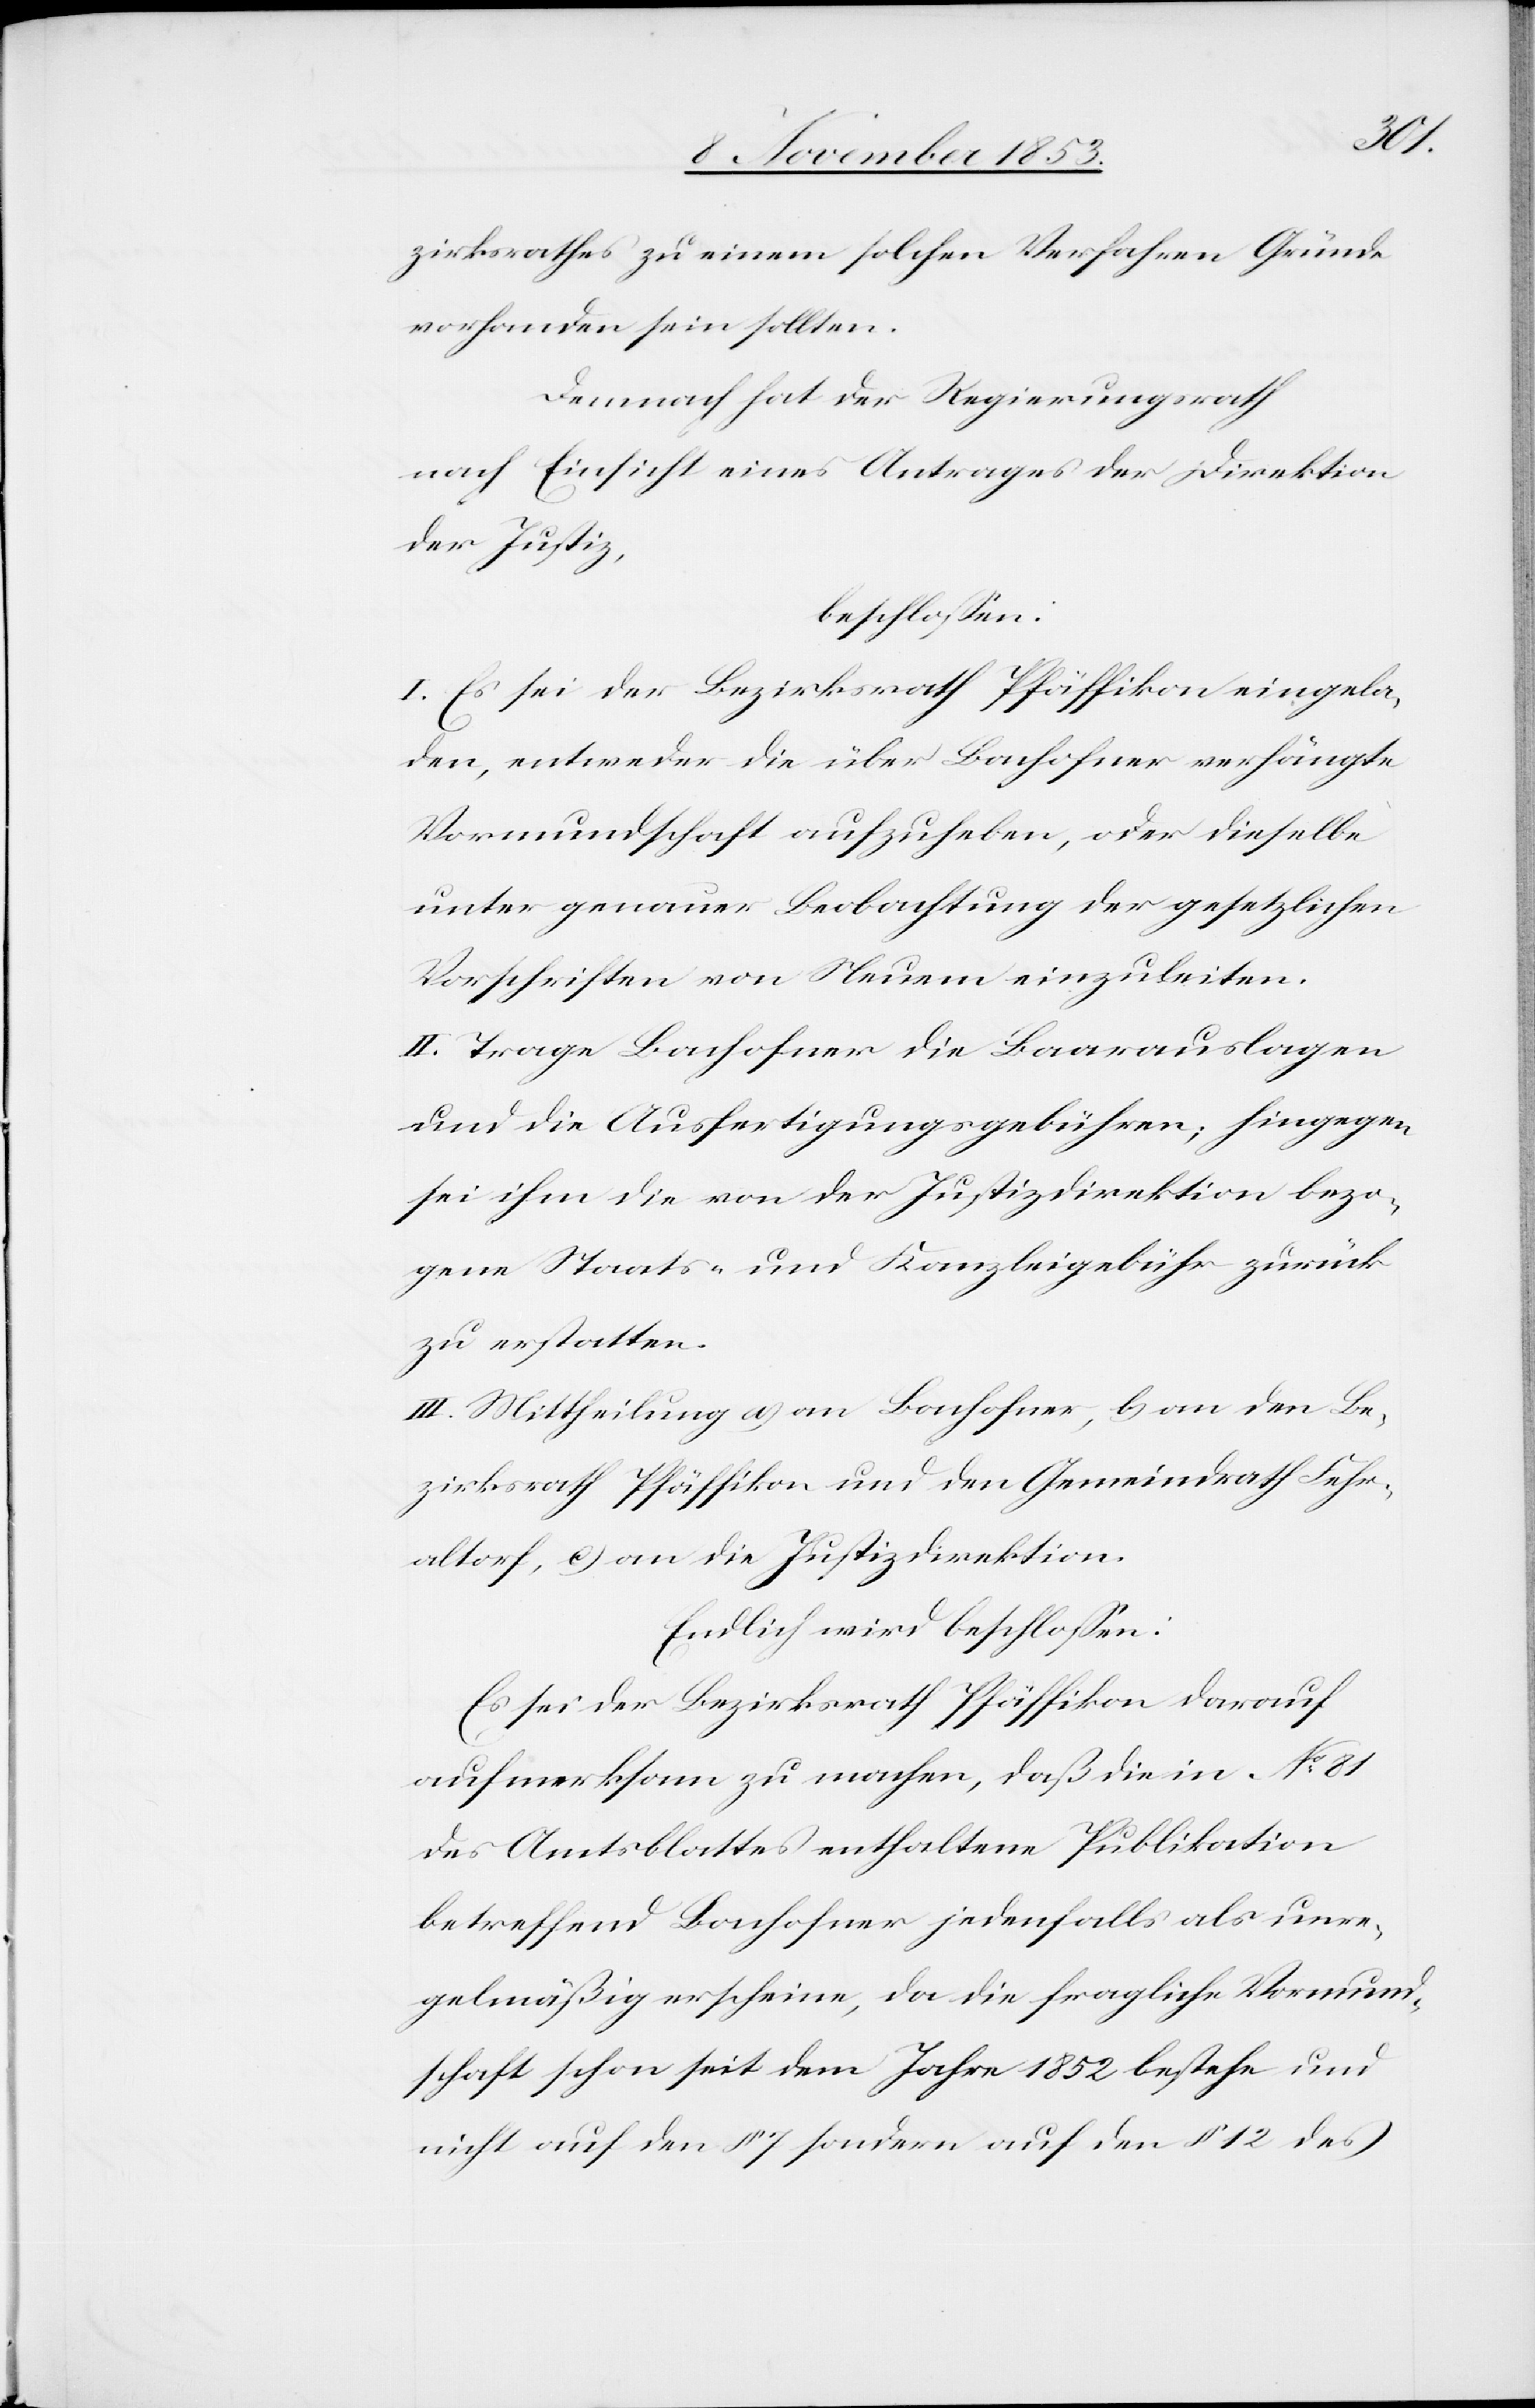
zirksrathes zu einem solchen Verfahren Gründe
vorhanden sein sollten.
Demnach hat der Regierungsrath
nach Einsicht eines Antrages der Direktion
der Justiz,
beschloßen:
I. Es sei der Bezirksrath Pfäffikon eingela¬
den, entweder die über Bachofner verhängte
Vormundschaft aufzuheben, oder dieselbe
unter genauer Beobachtung der gesetzlichen
Vorschriften von Neuem einzuleiten.
II. Trage Bachofner die Baarauslagen
und die Ausfertigungsgebühren, hingegen
sei ihm die von der Justizdirektion bezo¬
gene Staats- und Kanzleigebühr zurück
zu erstatten.
III. Mittheilung a) an Bachofner, b) an den Be¬
zirksrath Pfäffikon, und den Gemeindrath Fehr¬
altorf, c) an die Justizdirektion.
Endlich wird beschloßen:
Es sei der Bezirksrath Pfäffikon darauf
aufmerksam zu machen, daß die in N° 81
des Amtsblattes enthaltene Publikation
betreffend Bachofner jedenfalls als unre¬
gelmäßig erscheine, da die fragliche Vormund¬
schaft schon seit dem Jahre 1852 bestehe und
nicht auf den § 7 sondern auf den § 12 des